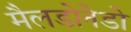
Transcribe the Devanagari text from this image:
मैलडोनेडो